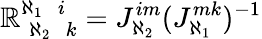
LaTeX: \mathbb{R}_{\; \aleph_{2}\; \; k}^{\aleph_{1}\; \; i}=J_{\aleph_{2}}^{im}(J_{\aleph_{1}}^{mk})^{-1}